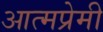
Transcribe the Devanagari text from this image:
आत्मप्रेमी